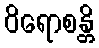
ဝိရောစန္တိ